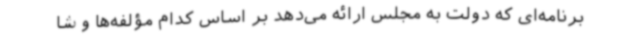
برنامه‌ای که دولت به مجلس ارائه می‌دهد بر اساس کدام مؤلفه‌ها و شا